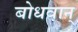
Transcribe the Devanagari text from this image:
बोधवान्